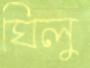
ঘিলু